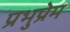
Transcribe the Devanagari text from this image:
प्रभुप्रेम